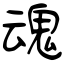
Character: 魂